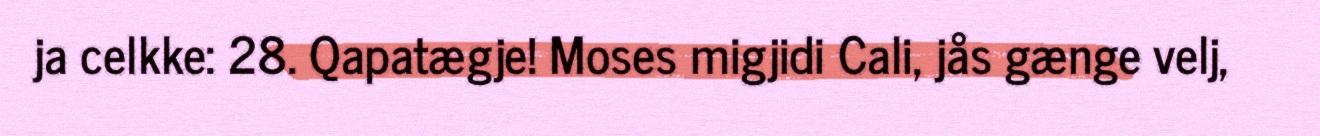
ja celkke: 28. Qapatægje! Moses migjidi Cali, jås gænge velj,